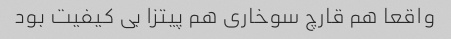
واقعا هم قارچ سوخاری هم پیتزا بی کیفیت بود